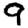
Digit: 9